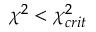
\chi ^ { 2 } < \chi _ { c r i t } ^ { 2 }